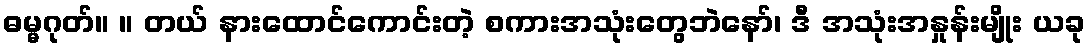
ဓမ္မဂုတ်။ ။ တယ် နားထောင်ကောင်းတဲ့ စကားအသုံးတွေဘဲနော်၊ ဒီ အသုံးအနှုန်းမျိုး ယခု